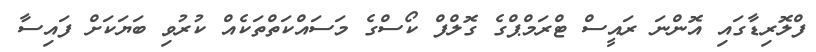
ފްލޮރިޑާގައި އޮންނަ ރައީސް ޓްރަމްޕްގެ ގޮލްފް ކޯސްގެ މަސައްކަތްތަކެއް ކުރުވި ބަޔަކަށް ފައިސާ